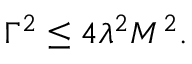
\Gamma ^ { 2 } \leq 4 \lambda ^ { 2 } M ^ { 2 } .